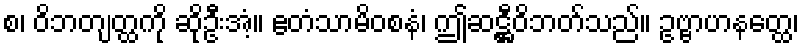
စ၊ ဝိဘတျတ္ထကို ဆိုဦးအံ့။ ဧတံသာမိဝစနံ၊ ဤဆဋ္ဌီဝိဘတ်သည်။ ဥဗ္ဗာဟနတ္ထေ၊